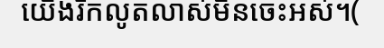
យើងរីកលូតលាស់មិនចេះអស់។(